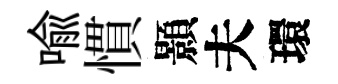
喩慣顥夫環